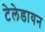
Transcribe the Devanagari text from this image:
टेलेडायन